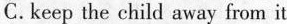
C. keep the child away from it